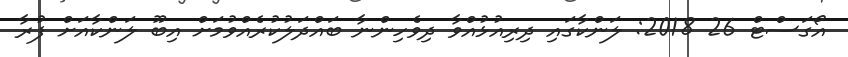
އޯގަސްޓް 26 2018: ލަންކާގައި ދިރިއުޅުއްވާ ދިވެހިންނާ ބައްދަލުކުރެއްވުމަށް އިބޫ ލަންކާއަށް ފުރާ